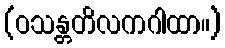
(ဝသန္တတိလကဂါထာ။)